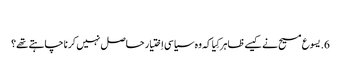
‏
6.‏ یسوع مسیح نے کیسے ظاہر کِیا کہ وہ سیاسی اِختیار حاصل نہیں کرنا چاہتے تھے؟